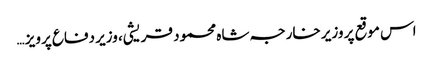
اس موقع پر وزیر خارجہ شاہ محمود قریشی، وزیر دفاع پرویز …